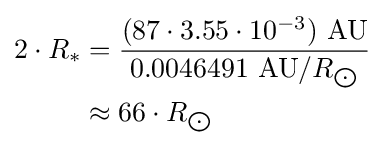
{\begin{aligned}2\cdot R_{*}&={\frac {(87\cdot 3.55\cdot 10^{-3})\ {\text{AU}}}{0.0046491\ {\text{AU}}/R_{\bigodot }}}\\&\approx 66\cdot R_{\bigodot }\end{aligned}}